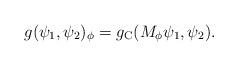
LaTeX: \begin{align*} g(\psi_1, \psi_2)_\phi = g_\textup{C}(M_\phi \psi_1, \psi_2). \end{align*}